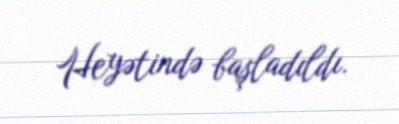
Heyətində başladıldı.